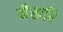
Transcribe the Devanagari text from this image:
नैखरि